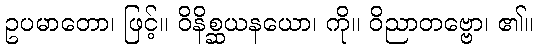
ဥပမာတော၊ ဖြင့်။ ဝိနိစ္ဆယနယော၊ ကို။ ဝိညာတဗ္ဗော၊ ၏။